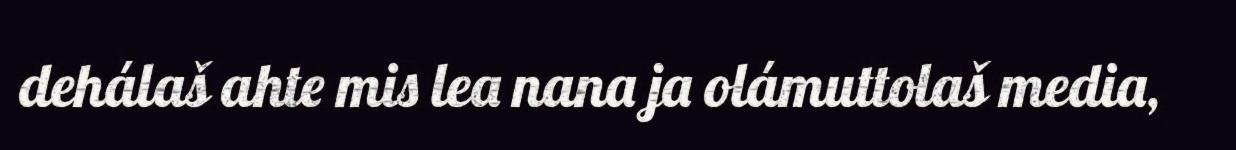
dehálaš ahte mis lea nana ja olámuttolaš media,